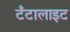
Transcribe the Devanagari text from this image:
टँटालाइट